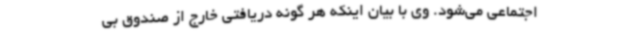
اجتماعی می‌شود. وی با بیان اینکه هر گونه دریافتی خارج از صندوق بی